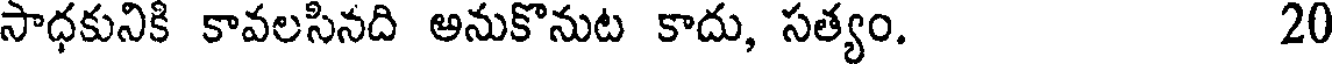
సాధకునికి కావలసినది అనుకొనుట కాదు, సత్యం. 20